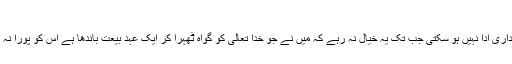
ایڈیشن 2003ء مطبوعہ ربوہ)
پس ہر احمدی پر بہت بڑی ذمہ داری ہے اور یہ ذمہ داری ادا نہیں ہو سکتی جب تک یہ خیال نہ رہے کہ مَیں نے جو خدا تعالیٰ کو گواہ ٹھہرا کر ایک عہدِ بیعت باندھا ہے اس کو پورا نہ کرنے کی وجہ سے خدا تعالیٰ کے آگے جواب دہ ہوں۔